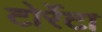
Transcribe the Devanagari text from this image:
टोर्रेटा